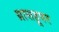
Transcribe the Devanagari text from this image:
ग्रासहूपर